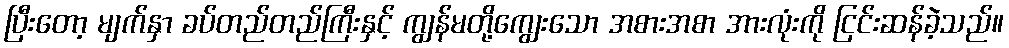
ပြီးတော့ မျက်နှာ ခပ်တည်တည်ကြီးနှင့် ကျွန်မတို့ကျွေးသော အစားအစာ အားလုံးကို ငြင်းဆန်ခဲ့သည်။